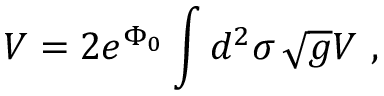
V = 2 e ^ { \Phi _ { 0 } } \int d ^ { 2 } \sigma \, \sqrt { g } { \cal V } \ ,